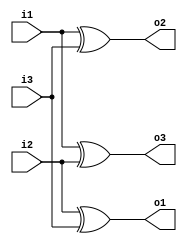
module cnn(i1,i2,i3,o1,o2,o3);
input i1,i2,i3;
output o1,o2,o3;
reg a1,a2,a3;
always @(i1,i2,i3)
begin
a1<=i2^i3;
a2<=i1^i3;
a3<=i1^i2;
end
assign o1=a1;
assign o2=a2;
assign o3=a3;
endmodule